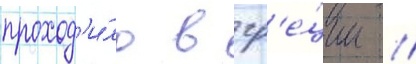
проход'и́ло в гр'е́ции //